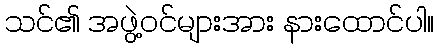
သင်၏ အဖွဲ့ဝင်များအား နားထောင်ပါ။